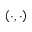
\left( \cdot , \cdot \right)